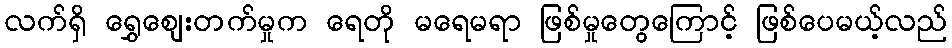
လက်ရှိ ရွှေဈေးတက်မှုက ရေတို မရေမရာ ဖြစ်မှုတွေကြောင့် ဖြစ်ပေမယ့်လည်